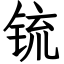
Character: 锍